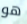
هو